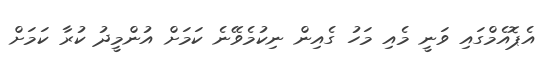
އެޕޮއެމްގައި ވަނީ މެއި މަހު ގެއިން ނިކުމެވޭނެ ކަމަށް އުންމީދު ކުރާ ކަމަށް